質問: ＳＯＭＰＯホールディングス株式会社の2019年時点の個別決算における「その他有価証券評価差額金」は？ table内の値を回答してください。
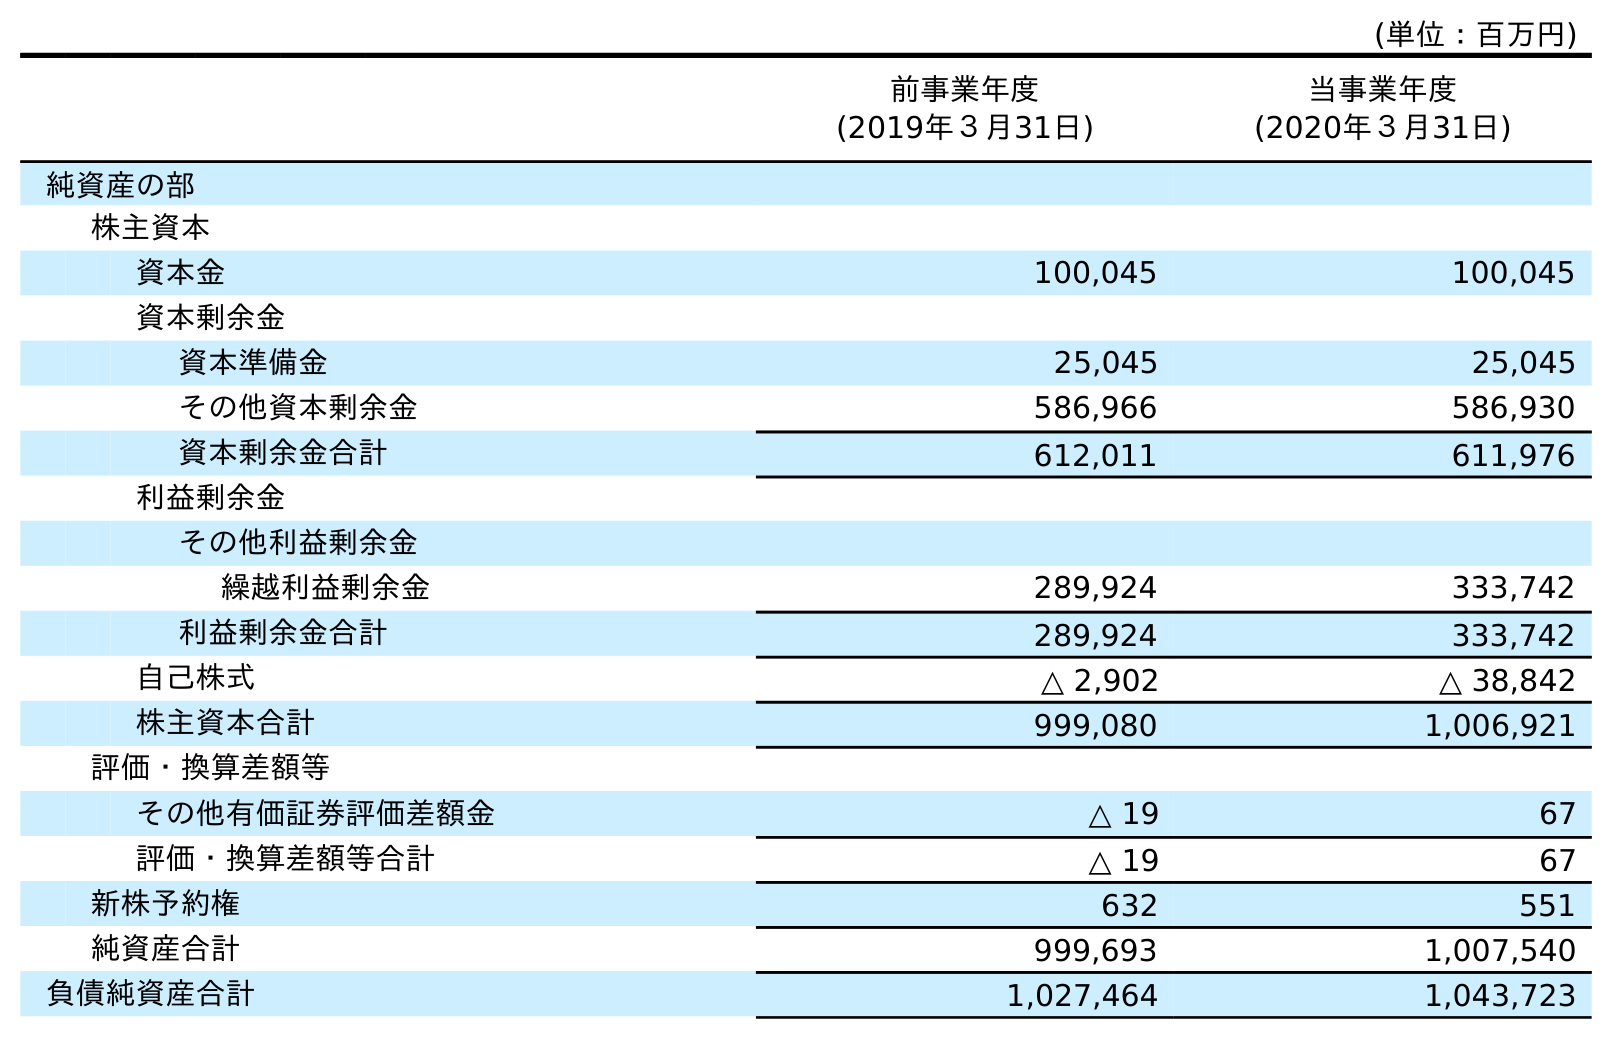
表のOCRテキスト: (単位：百万円) 前事業年度 (2019年３月31日) 当事業年度 (2020年３月31日) 純資産の部 株主資本 資本金 100,045 100,045 資本剰余金 資本準備金 25,045 25,045 その他資本剰余金 586,966 586,930 資本剰余金合計 612,011 611,976 利益剰余金 その他利益剰余金 繰越利益剰余金 289,924 333,742 利益剰余金合計 289,924 333,742 自己株式 △ 2,902 △ 38,842 株主資本合計 999,080 1,006,921 評価・換算差額等 その他有価証券評価差額金 △ 19 67 評価・換算差額等合計 △ 19 67 新株予約権 632 551 純資産合計 999,693 1,007,540 負債純資産合計 1,027,464 1,043,723
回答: △19